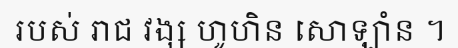
របស់ រាជ វង្ស ហូហិន សោឡាំន ។